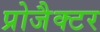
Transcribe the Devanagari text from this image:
प्रोजैक्टर